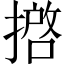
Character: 𢴖